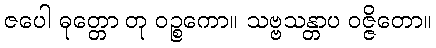
ဇပေါ ဓုတ္တော တု ဝဉ္စကော။ သဗ္ဗသန္တာပ ဝဇ္ဇိတော။